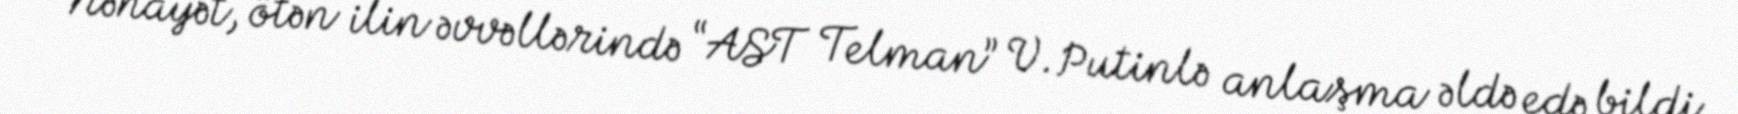
Nəhayət, ötən ilin əvvəllərində “AST Telman” V.Putinlə anlaşma əldə edə bildi